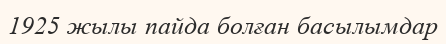
1925 жылы пайда болған басылымдар